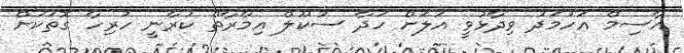
އާސިމް އަހުމަދު ވިދާޅުވީ އަލަށް ހަދާ ސުކޫލް އިމާރާތް ކުރާނީ ހުރިހާ ގޮތަކަށް